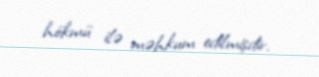
hökmü ilə məhkum edilmişdir.